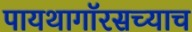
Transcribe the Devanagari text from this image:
पायथागॉरसच्याच